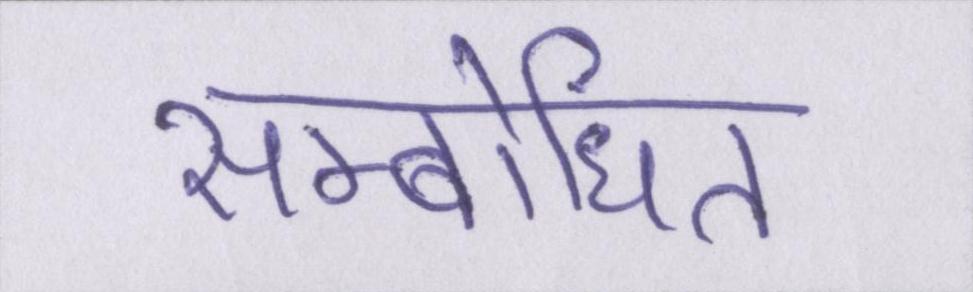
सम्बोधित